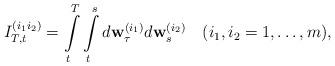
LaTeX: \begin{align*}I_{T,t}^{(i_1i_2)}=\int\limits_t^T\int\limits_t^sd{\bf w}_{\tau}^{(i_1)}d{\bf w}_s^{(i_2)}\ \ \ (i_1,i_2=1,\ldots,m),\end{align*}